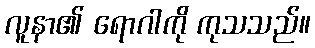
လူနာ၏ ရောဂါကို ကုသသည်။